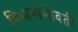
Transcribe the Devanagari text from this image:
विभागांभोवती